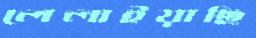
লেলাইয়াছি